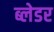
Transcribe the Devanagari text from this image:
ब्लेडर